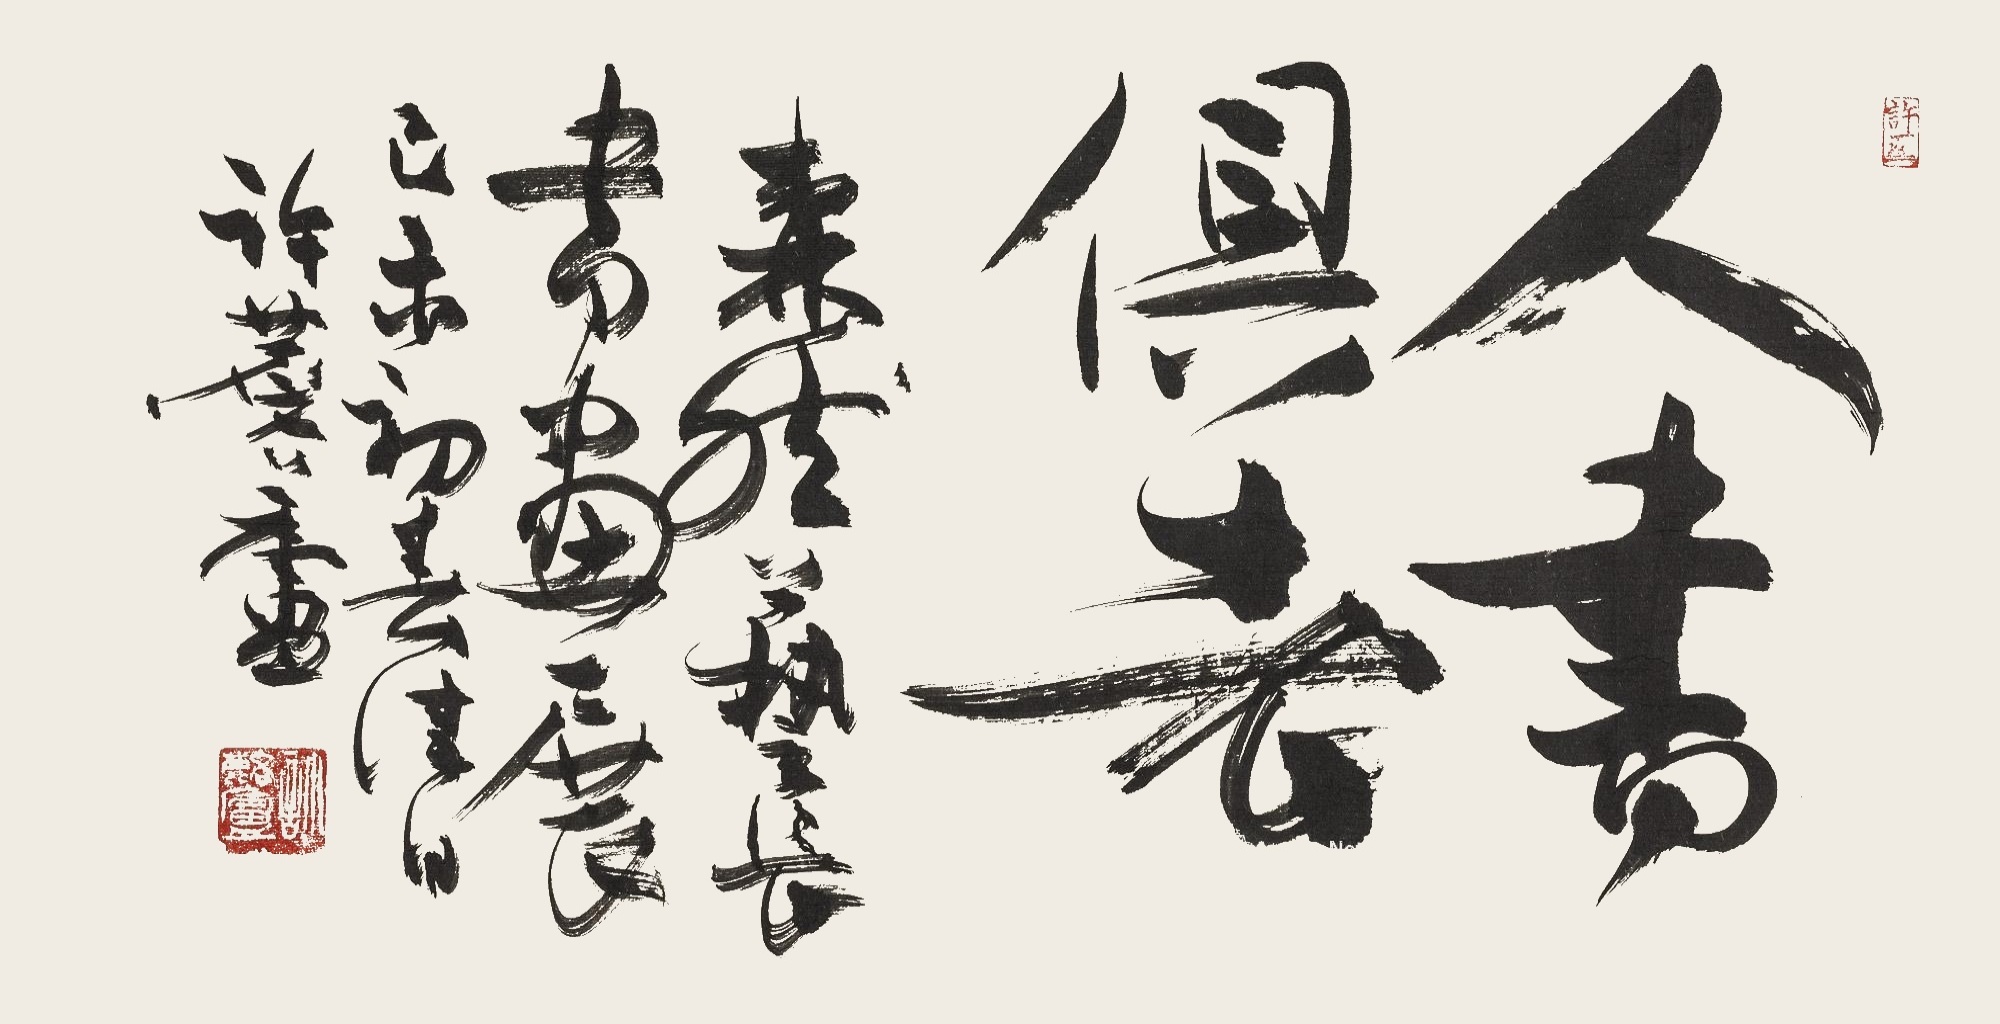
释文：人书俱老森然艺长书画展。己未初春佳日，许麟庐